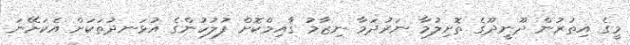
މީގެ އިތުރުން ދޫނީދޫގެ ތޮށިލުމާ ނަރުދަމާ ނިޒާމު ޤާއިމްކޮށް ފުލުހުންގެ އުޅަނދުތަކަށް އެކަށޭނަ